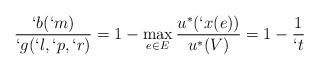
LaTeX: \begin{align*}\frac{`b(`m)}{`g(`l,`p,`r)}=1-\max_{e\in E}\frac{u^*( `x(e))}{u^*(V)}=1-\frac{1}{`t}\end{align*}